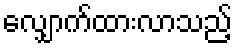
လျှောက်ထားလာသည့်